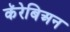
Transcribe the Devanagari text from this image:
कॅरेबिअन